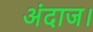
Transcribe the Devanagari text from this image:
अंदाज।